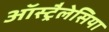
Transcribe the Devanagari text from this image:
ऑस्ट्रैलेसिया